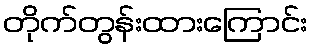
တိုက်တွန်းထားကြောင်း